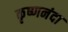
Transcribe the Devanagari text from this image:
कृष्णनंदा